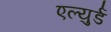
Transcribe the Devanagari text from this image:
एल्युर्ड